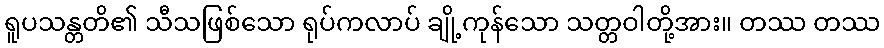
ရူပသန္တတိ၏ သီသဖြစ်သော ရုပ်ကလာပ် ချို့ကုန်သော သတ္တဝါတို့အား။ တဿ တဿ